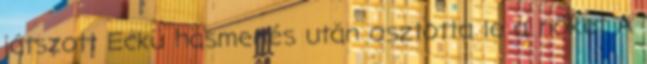
játszott Eckü hasmenés után osztotta le a nőket A